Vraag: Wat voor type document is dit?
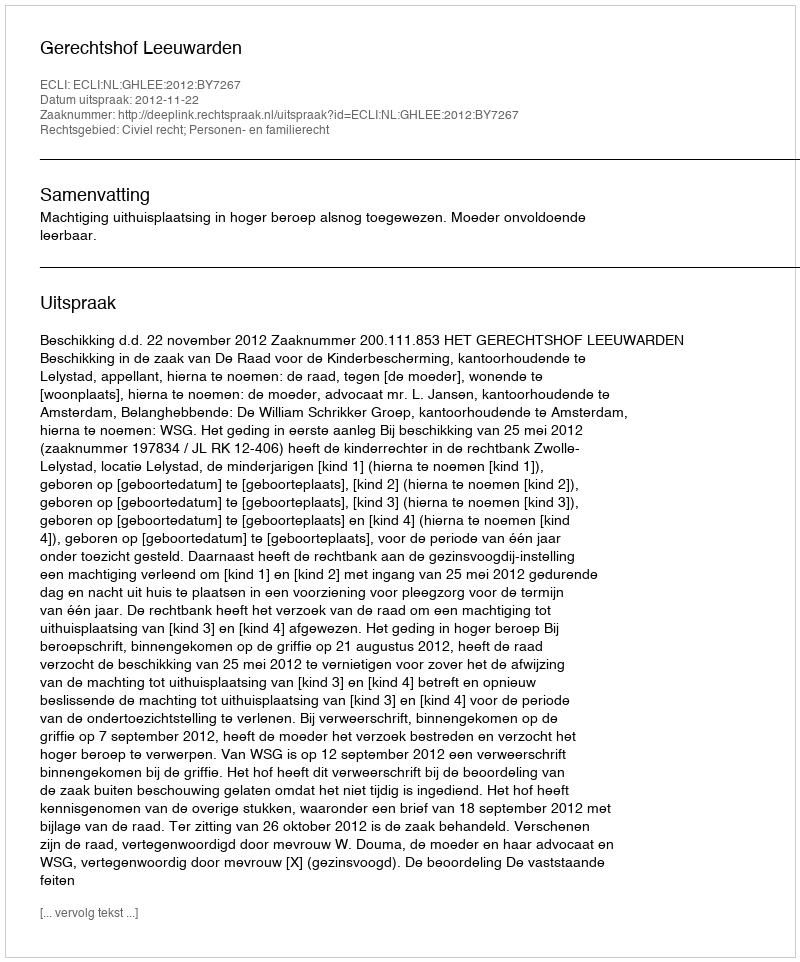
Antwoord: Uitspraak